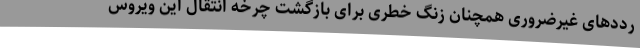
رددهای غیرضروری همچنان زنگ خطری برای بازگشت چرخه انتقال این ویروس